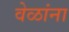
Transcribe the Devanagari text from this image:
वेळांना